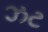
ઝટ